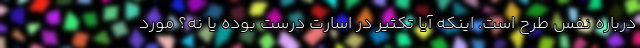
درباره نفس طرح است. اینکه آیا تکثیر در اسارت درست بوده یا نه؟ مورد